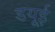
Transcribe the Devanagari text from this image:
डयूई